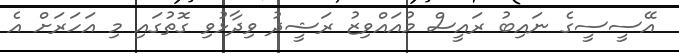
އޭސީސީގެ ނައިބު ރައީސް މުއައްވިޒު ރަޝީދު ވިދާޅުވި ގޮތުގައި މި އަހަރަށް އެ